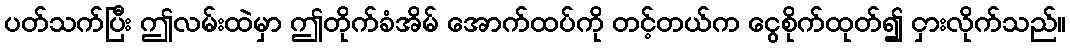
ပတ်သက်ပြီး ဤလမ်းထဲမှာ ဤတိုက်ခံအိမ် အောက်ထပ်ကို တင့်တယ်က ငွေစိုက်ထုတ်၍ ငှားလိုက်သည်။